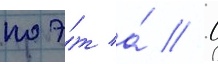
поэ́т а́ // С